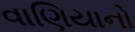
વાણિયાનો